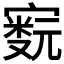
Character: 𫴁